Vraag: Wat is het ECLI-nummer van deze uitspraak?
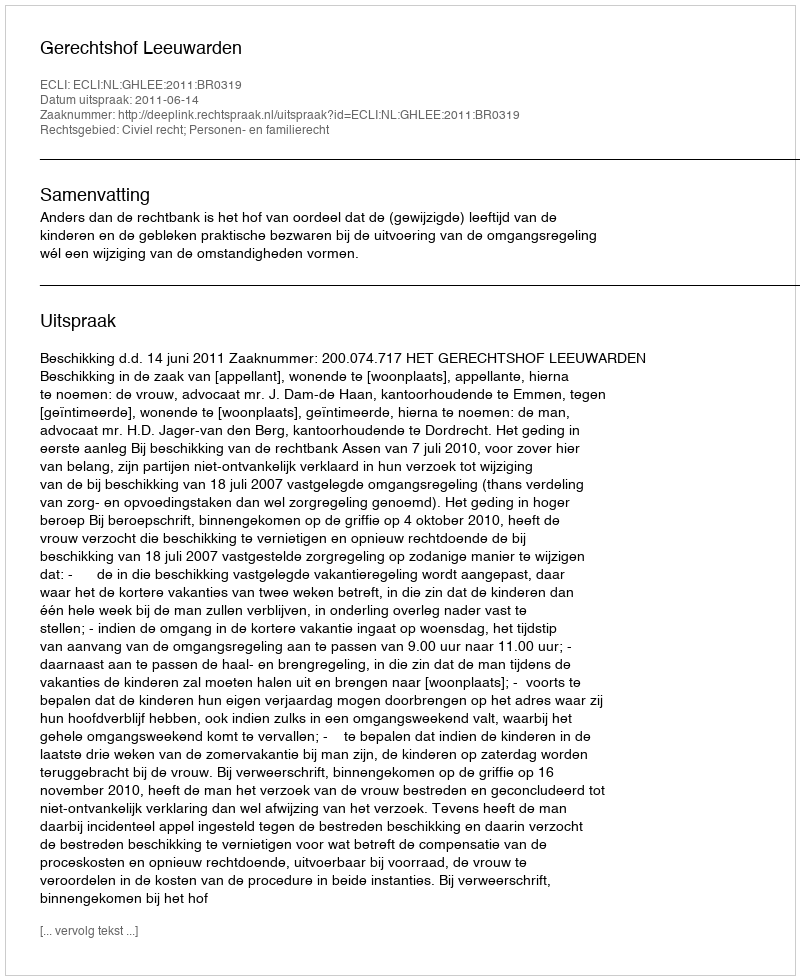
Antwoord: ECLI:NL:GHLEE:2011:BR0319